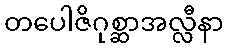
တပေါဇိဂုစ္ဆာအလ္လီနာ